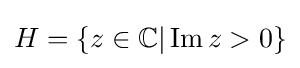
H=\{z\in \mathbb {C} |\operatorname {Im} {z}>0\}